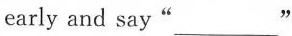
early and say"___"